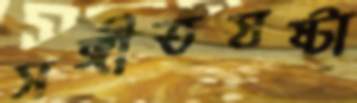
সঙ্গীতস্রষ্টা